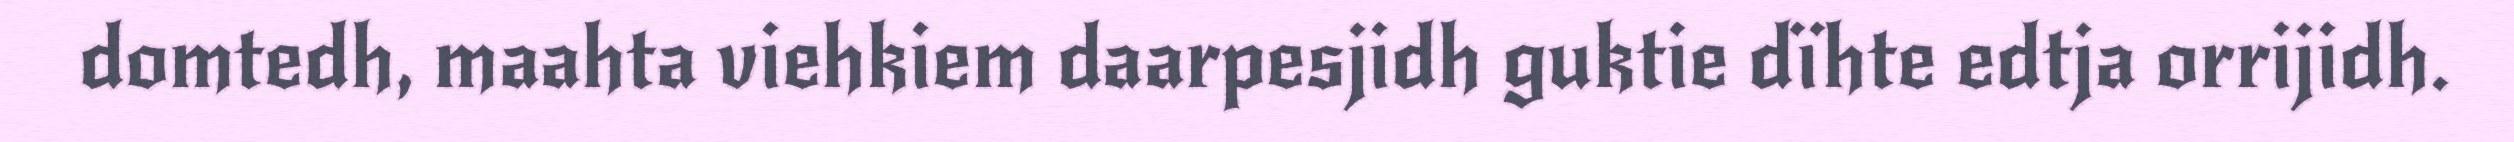
domtedh, maahta viehkiem daarpesjidh guktie dïhte edtja orrijidh.